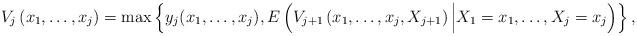
LaTeX: \begin{align*}V_j\left(x_1,\dots,x_j\right)=\max\left\{y_j(x_1,\dots,x_j),E\left(V_{j+1}\left(x_1,\dots,x_j,X_{j+1}\right)\Big|X_1=x_1,\dots,X_j=x_j\right)\right\},\end{align*}